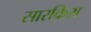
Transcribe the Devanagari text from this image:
सारकिस